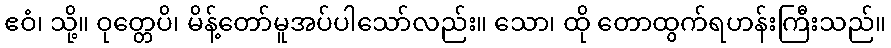
ဧဝံ၊ သို့။ ဝုတ္တေပိ၊ မိန့်တော်မူအပ်ပါသော်လည်း။ သော၊ ထို တောထွက်ရဟန်းကြီးသည်။